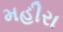
મહીરા